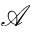
\mathcal { A }